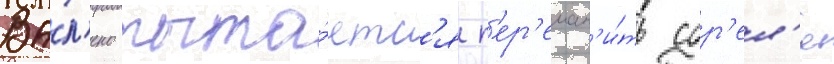
Ва́л'ено пыта́етс'я п'ер'еман'и́ть сор'ел'я